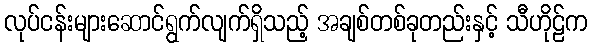
လုပ်ငန်းများဆောင်ရွက်လျက်ရှိသည့် အချစ်တစ်ခုတည်းနှင့် သီဟိုဠ်က